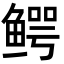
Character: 鳄